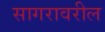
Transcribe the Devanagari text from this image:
सागरावरील